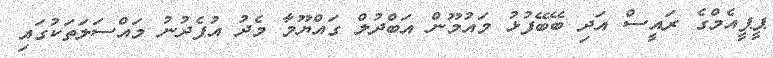
ޕީޕީއެމްގެ ރައީސް އަދި ބޭބޭފުޅު މައުމޫން އަބްދުލް ގައްޔޫމާ މެދު އުފެދުނު މައްސަލަތަކުގައި